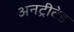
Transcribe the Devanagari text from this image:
अनट्रीटेड